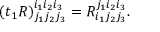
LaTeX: ( t _ { 1 } R ) _ { j _ { 1 } j _ { 2 } j _ { 3 } } ^ { i _ { 1 } i _ { 2 } i _ { 3 } } = R _ { i _ { 1 } j _ { 2 } j _ { 3 } } ^ { j _ { 1 } i _ { 2 } i _ { 3 } } .